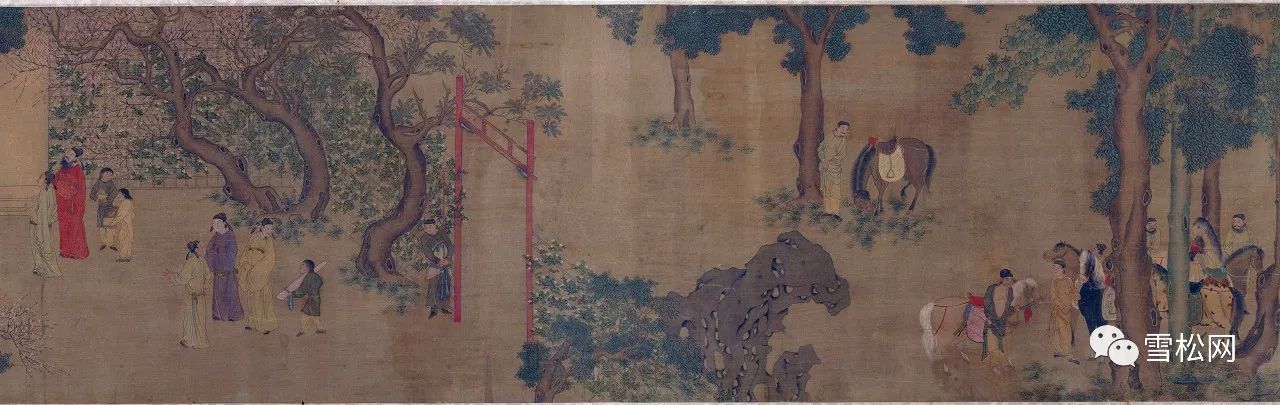
金柳摇风树树，系彩舫龙舟遥岸。